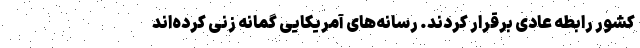
کشور رابطه عادی برقرار کردند. رسانه‌های آمریکایی گمانه زنی کرده‌اند